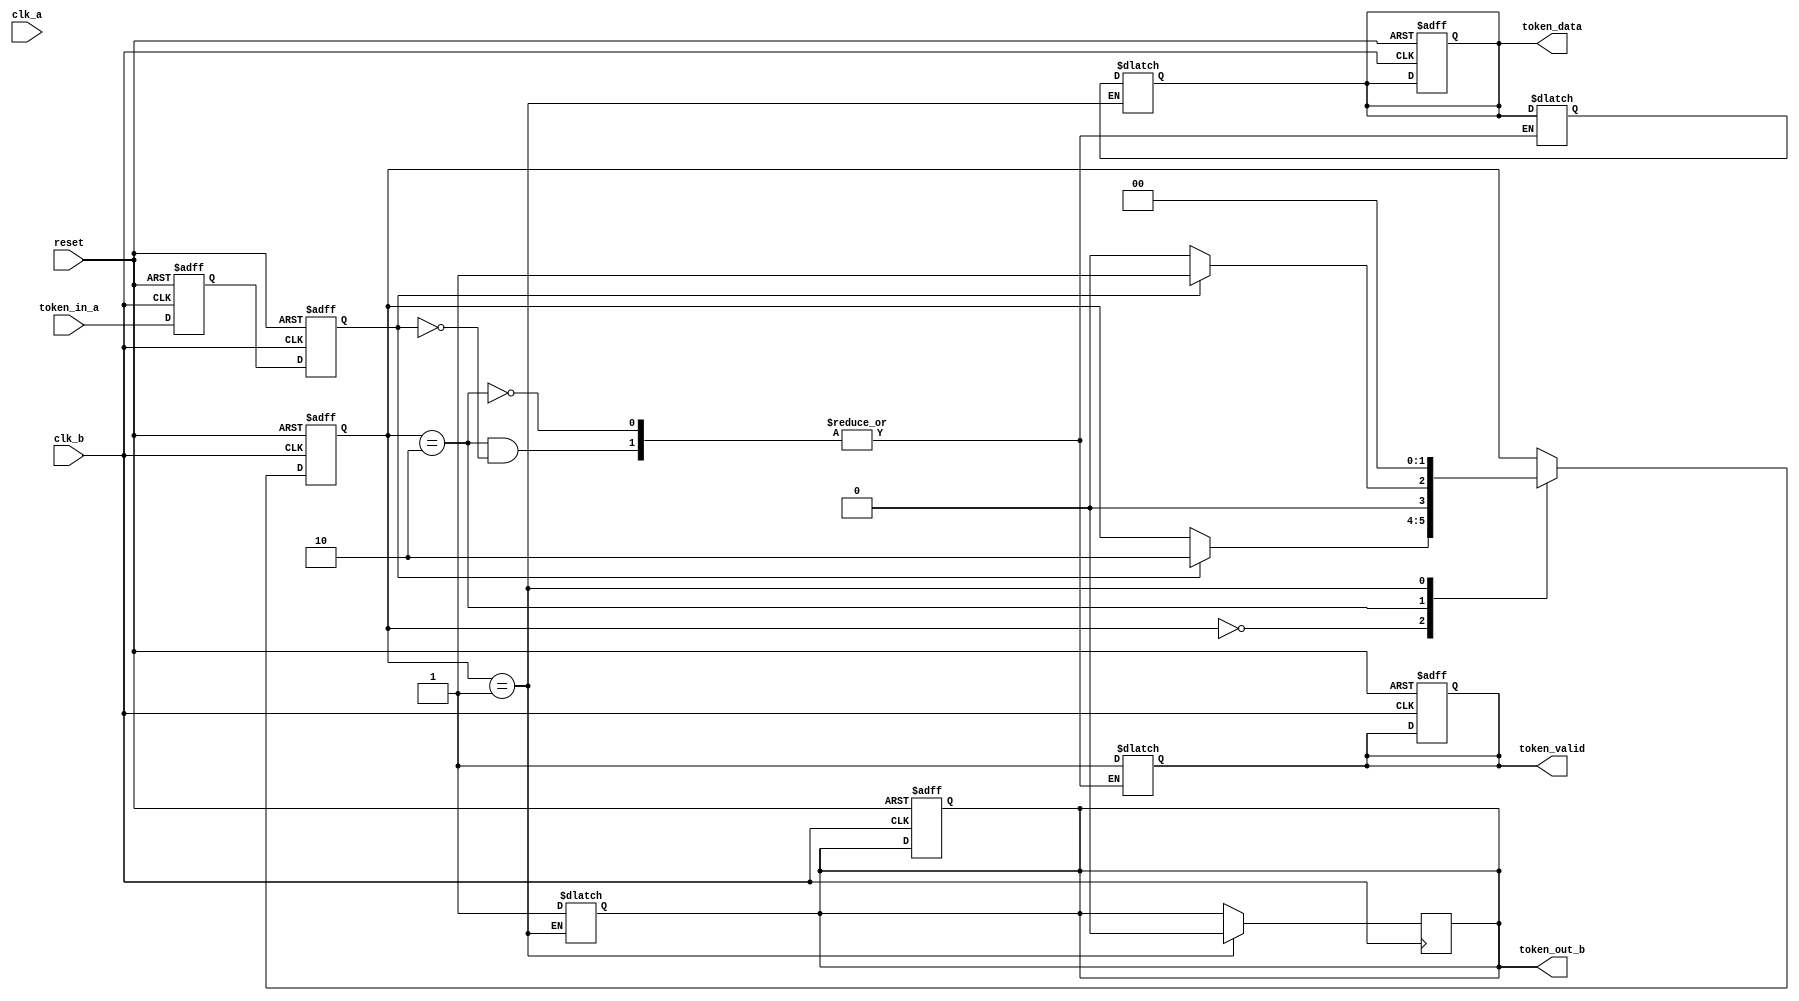
module TokenRingSynchronizer #(
    parameter DATA_WIDTH = 8, // Width of the token data
    parameter IDLE = 2'b00,
    parameter TRANSMIT = 2'b01,
    parameter RECEIVE = 2'b10
)(
    input wire clk_a,           // Clock for node A
    input wire clk_b,           // Clock for node B
    input wire reset,           // Global reset
    input wire token_in_a,      // Token input from node A
    output reg token_out_b,     // Token output to node B
    output reg [DATA_WIDTH-1:0] token_data, // Token data
    output reg token_valid       // Token valid signal
);

    // Synchronization registers for token signal
    reg token_sync_1, token_sync_2;

    // FSM state declaration
    reg [1:0] state, next_state;

    // Token storage
    reg [DATA_WIDTH-1:0] token_storage;

    // Dual flip-flop synchronizer
    always @(posedge clk_b or posedge reset) begin
        if (reset) begin
            token_sync_1 <= 1'b0;
            token_sync_2 <= 1'b0;
        end else begin
            token_sync_1 <= token_in_a;
            token_sync_2 <= token_sync_1;
        end
    end

    // FSM to manage token states
    always @(posedge clk_b or posedge reset) begin
        if (reset) begin
            state <= IDLE;
            token_valid <= 1'b0;
            token_out_b <= 1'b0;
            token_data <= 0;
        end else begin
            state <= next_state;
        end
    end

    always @(*) begin
        next_state = state; // Default to stay in the current state
        case (state)
            IDLE: begin
                if (token_sync_2) begin
                    next_state = RECEIVE; // Transition to receive state
                end
            end
            RECEIVE: begin
                if (token_sync_2) begin
                    token_storage <= token_data; // Store the received token
                    token_valid <= 1'b1; // Set token valid
                    next_state = TRANSMIT; // Transition to transmit state
                end else begin
                    next_state = IDLE; // No token, go back to idle
                end
            end
            TRANSMIT: begin
                token_out_b <= 1'b1; // Output the token to the next node
                token_data <= token_storage; // Pass the stored token
                next_state = IDLE; // Go back to idle after transmission
            end
        endcase
    end

    // Control logic for token output
    always @(posedge clk_b) begin
        if (state == TRANSMIT) begin
            token_out_b <= 1'b0; // Clear token output after transmission
        end
    end

endmodule